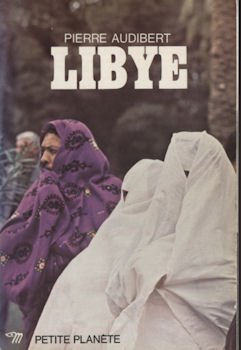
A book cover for Libye (Petite planete ; 56) (French Edition); Pierre Audibert; Travel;